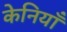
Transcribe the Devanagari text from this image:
केनियाँ